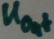
Text: UOut